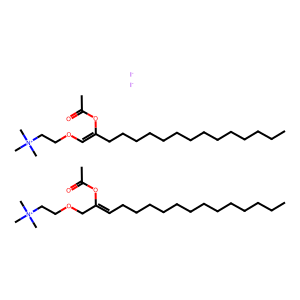
SMILES: CCCCCCCCCCCCCC=C(COCC[N+](C)(C)C)OC(C)=O.CCCCCCCCCCCCCCC(=COCC[N+](C)(C)C)OC(C)=O.[I-].[I-]
Inhibits HIV replication: No